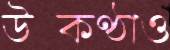
উত্কণ্ঠাও